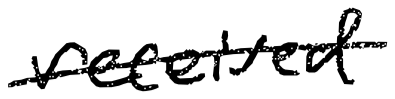
Text: received
Cross-out: single-line
Writing tool: digital_black